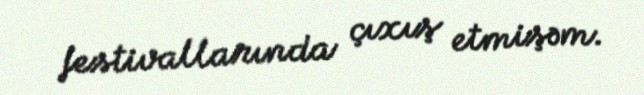
festivallarında çıxış etmişəm.